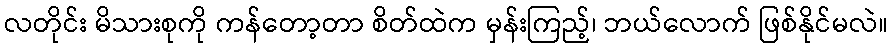
လတိုင်း မိသားစုကို ကန်တော့တာ စိတ်ထဲက မှန်းကြည့်၊ ဘယ်လောက် ဖြစ်နိုင်မလဲ။